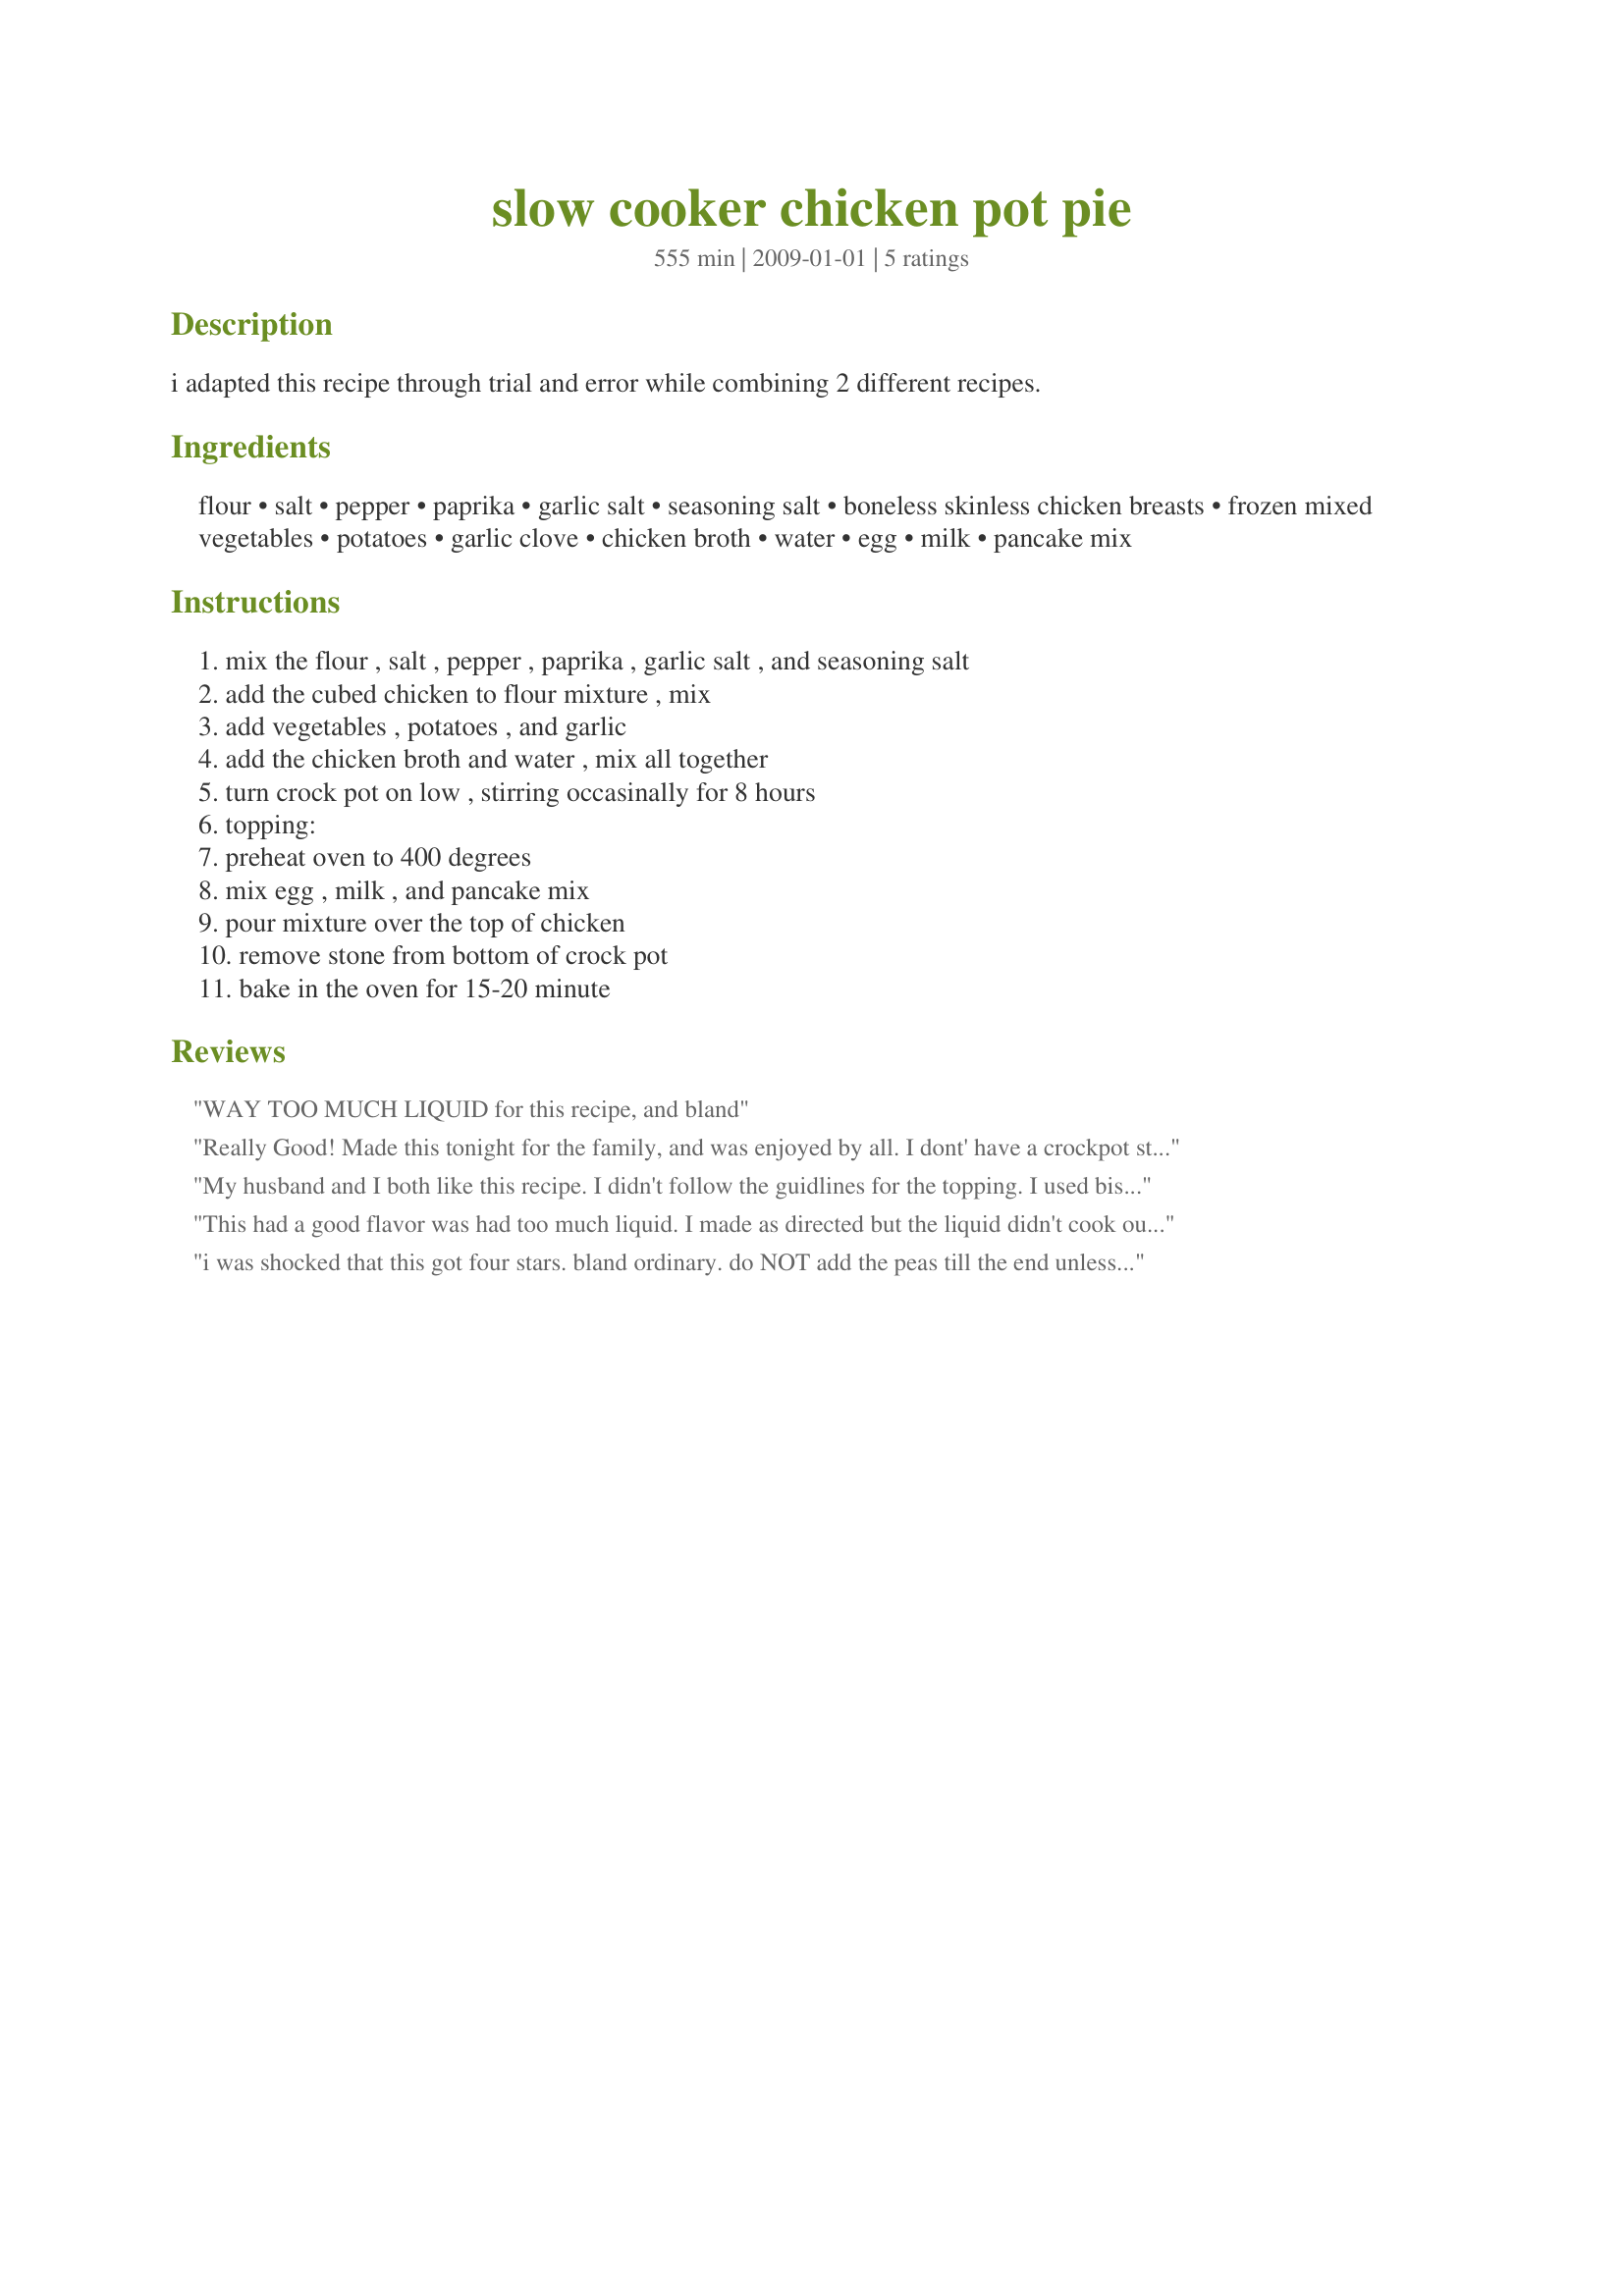
slow cooker chicken pot pie
Preparation time: 555 minutes

i adapted this recipe through trial and error while combining 2 different recipes.

Ingredients:
flour, salt, pepper, paprika, garlic salt, seasoning salt, boneless skinless chicken breasts, frozen mixed vegetables, potatoes, garlic clove, chicken broth, water, egg, milk, pancake mix

Steps:
mix the flour , salt , pepper , paprika , garlic salt , and seasoning salt, add the cubed chicken to flour mixture , mix, add vegetables , potatoes , and garlic, add the chicken broth and water , mix all together, turn crock pot on low , stirring occasinally for 8 hours, topping:, preheat oven to 400 degrees, mix egg , milk , and pancake mix, pour mixture over the top of chicken, remove stone from bottom of crock pot, bake in the oven for 15-20 minute

Reviews:
WAY TOO MUCH LIQUID for this recipe, and bland
Really Good! Made this tonight for the family, and was enjoyed by all. I dont' have a crockpot stone that can be placed in the regular oven, so I dumped the filling into a 9x13 pan and poured the pancake/biscuit topping over all then baked for 17 minutes. Very good and easy. My only recomendation would be to add the liquid that this recipe states. I shorted the water by 1/2 cup and while the end product was still very good, the topping really puffed and soaked up the liquid, so there was not ast much gravy as there might have been. My error. Will stick with the recipe as stated next time. Thanks for sharing.
My husband and I both like this recipe. I didn't follow the guidlines for the topping. I used bisquick and followed the directions from the package. This recipe is something that I will make again.
This had a good flavor was had too much liquid. I made as directed but the liquid didn't cook out and the topping didn't absorb all of it. It was still good we just used a slotted spoon to serve and it was good. Made for Spring 2009 PAC.
i was shocked that this got four stars. bland ordinary. do NOT add the peas till the end unless you like gray peas. actually move on and try another recipe. sorry i wasted the ingredients and a dinner w my family on this mediocre meal.
